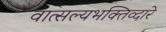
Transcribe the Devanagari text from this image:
वात्सल्यभक्तिव्दारे